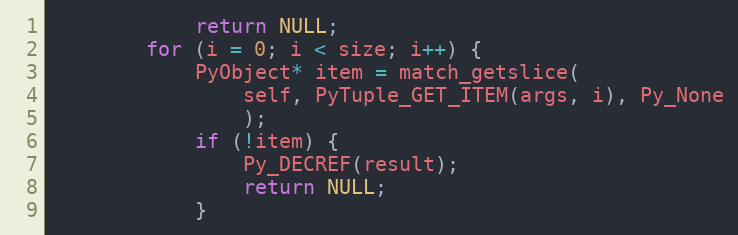
Language: C
            return NULL;
        for (i = 0; i < size; i++) {
            PyObject* item = match_getslice(
                self, PyTuple_GET_ITEM(args, i), Py_None
                );
            if (!item) {
                Py_DECREF(result);
                return NULL;
            }